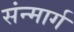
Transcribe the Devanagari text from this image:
संन्मार्ग